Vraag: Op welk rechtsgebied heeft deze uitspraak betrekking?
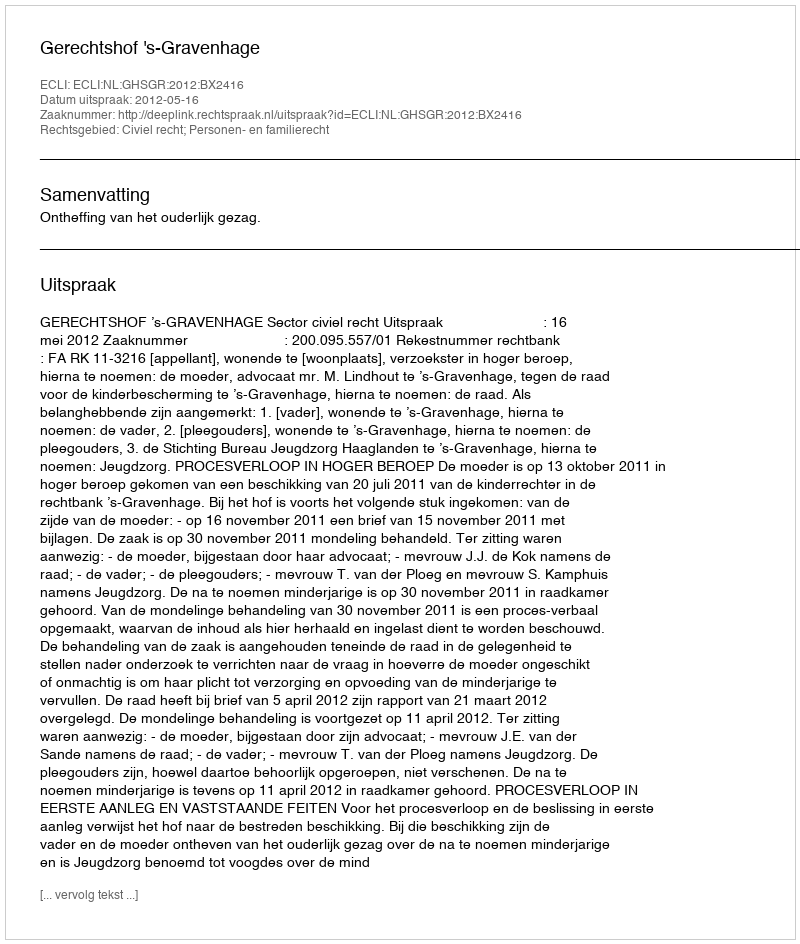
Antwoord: Civiel recht; Personen- en familierecht